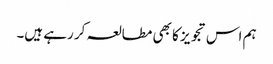
ہم اس تجویز کا بھی مطالعہ کر رہے ہیں۔